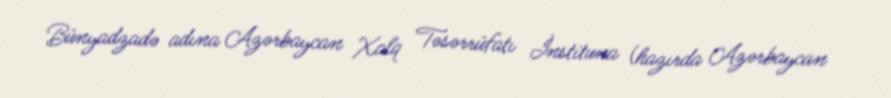
Bünyadzadə adına Azərbaycan Xalq Təsərrüfatı İnstituna (hazırda Azərbaycan